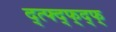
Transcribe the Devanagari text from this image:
द्त्फ्द्फ्द्फ्